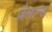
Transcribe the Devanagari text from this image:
ज़ेलान्ड